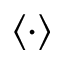
\langle \cdot \rangle